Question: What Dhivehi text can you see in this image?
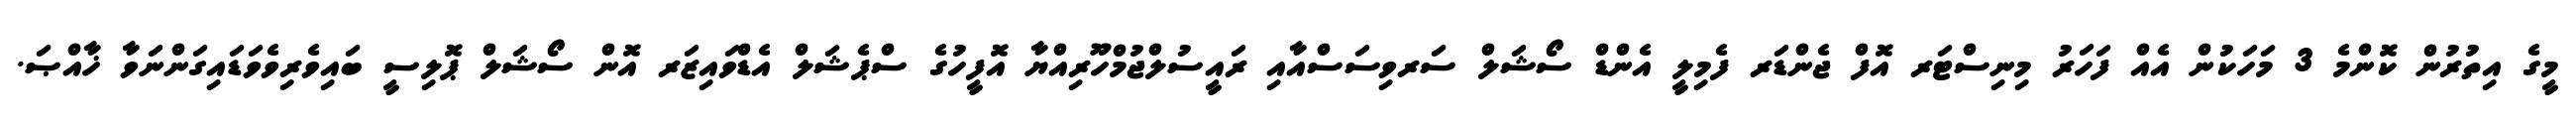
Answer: މީގެ އިތުރުން ކޮންމެ 3 މަހަކުން އެއް ފަހަރު މިނިސްޓަރ އޮފް ޖެންޑަރ ފެމިލީ އެންޑް ސޯޝަލް ސަރވިސަސްއާއި ރައީސުލްޖުމްހޫރިއްޔާ އޮފީހުގެ ސްޕެޝަލް އެޑްވައިޒަރ އޮން ސޯޝަލް ޕޮލިސީ ބައިވެރިވެވަޑައިގަންނަވާ ޚާއްޞަ.